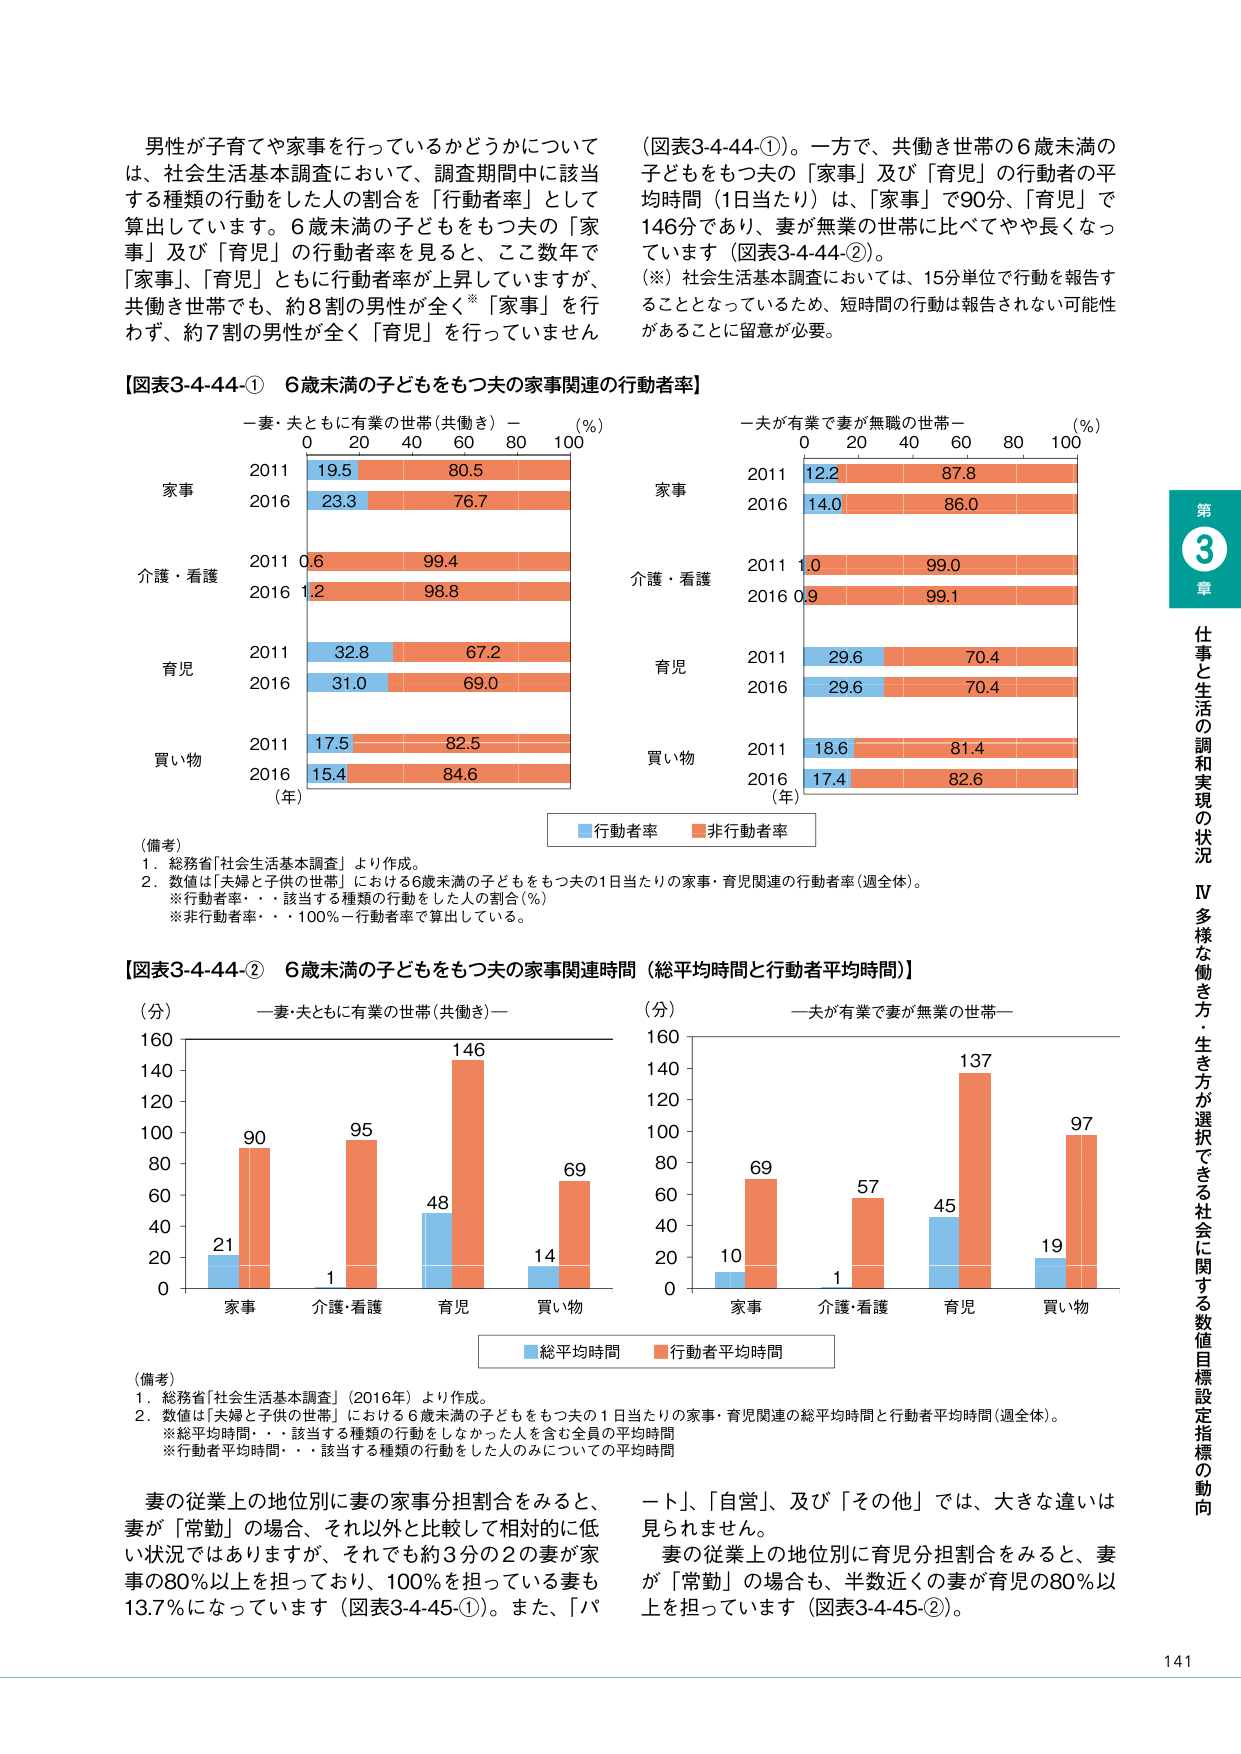
男性が子育てや家事を行っているかどうかについては、社会生活基本調査において、調査期間中に該当する種類の行動をした人の割合を「行動者率」として算出しています。6歳未満の子どもをもつ夫の「家事」及び「育児」の行動者率を見ると、ここ数年で「家事」、「育児」ともに行動者率が上昇していますが、共働き世帯でも、約8割の男性が全く※「家事」を行わず、約7割の男性が全く「育児」を行っていません（図表3-4-44-①）。一方で、共働き世帯の6歳未満の子どもをもつ夫の「家事」及び「育児」の行動者の平均時間（1日当たり）は、「家事」で90分、「育児」で146分であり、妻が無業の世帯に比べてやや長くなっています（図表3-4-44-②）。（※）社会生活基本調査においては、15分単位で行動を報告することとなっているため、短時間の行動は報告されない可能性があることに留意が必要。

【図表3-4-44-① 6歳未満の子どもをもつ夫の家事関連の行動者率】

一妻・夫ともに有業の世帯（共働き）－（％）
0 20 40 60 80 100
家事
2011 19.5 80.5
2016 23.3 76.7
介護・看護
2011 0.6 99.4
2016 1.2 98.8
育児
2011 32.8 67.2
2016 31.0 69.0
買い物
2011 17.5 82.5
2016 15.4 84.6
（年）

一夫が有業で妻が無職の世帯－（％）
0 20 40 60 80 100
家事
2011 12.2 87.8
2016 14.0 86.0
介護・看護
2011 1.0 99.0
2016 0.9 99.1
育児
2011 29.6 70.4
2016 29.6 70.4
買い物
2011 18.6 81.4
2016 17.4 82.6
（年）

■行動者率 ■非行動者率

（備考）
1．総務省「社会生活基本調査」より作成。
2．数値は「夫婦と子供の世帯」における6歳未満の子どもをもつ夫の1日当たりの家事・育児関連の行動者率（週全体）。
※行動者率・・・該当する種類の行動をした人の割合（％）
※非行動者率・・・100％－行動者率で算出している。

【図表3-4-44-② 6歳未満の子どもをもつ夫の家事関連時間（総平均時間と行動者平均時間）】

（分）
一妻・夫ともに有業の世帯（共働き）－
160
140
120
100
80
60
40
20
0
家事 介護・看護 育児 買い物
21 1 48 14
90 95 146 69

（分）
一夫が有業で妻が無業の世帯－
160
140
120
100
80
60
40
20
0
家事 介護・看護 育児 買い物
10 1 45 19
69 57 137 97

■総平均時間 ■行動者平均時間

（備考）
1．総務省「社会生活基本調査」（2016年）より作成。
2．数値は「夫婦と子供の世帯」における6歳未満の子どもをもつ夫の1日当たりの家事・育児関連の総平均時間と行動者平均時間（週全体）。
※総平均時間・・・該当する種類の行動をしなかった人を含む全員の平均時間
※行動者平均時間・・・該当する種類の行動をした人のみについての平均時間

妻の従業上の地位別に妻の家事分担割合をみると、妻が「常勤」の場合、それ以外と比較して相対的に低い状況ではありますが、それでも約3分の2の妻が家事の80％以上を担っており、100％を担っている妻も13.7％になっています（図表3-4-45-①）。また、「パート」、「自営」、及び「その他」では、大きな違いは見られません。
妻の従業上の地位別に育児分担割合をみると、妻が「常勤」の場合も、半数近くの妻が育児の80％以上を担っています（図表3-4-45-②）。

第3章 仕事と生活の調和実現の状況
Ⅳ 多様な働き方・生き方が選択できる社会に関する数値目標設定の動向
141